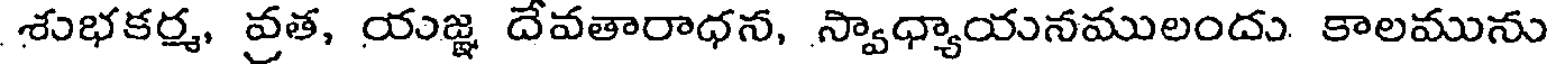
శుభకర్మ, వ్రత, యజ్ఞ దేవతారాధన, స్వాధ్యాయనములందు కాలమును